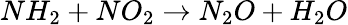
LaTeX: NH_{2}+NO_{2}\rightarrow N_{2}O+H_{2}O